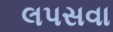
લપસવા